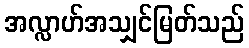
အလ္လာဟ်အသျှင်မြတ်သည်